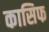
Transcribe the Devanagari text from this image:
कासिफ